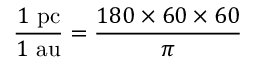
{ \frac { 1 { \mathrm { ~ p c } } } { 1 { \mathrm { ~ a u } } } } = { \frac { 1 8 0 \times 6 0 \times 6 0 } { \pi } }